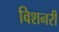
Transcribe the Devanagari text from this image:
विशनरी